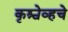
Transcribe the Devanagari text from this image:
कृश्चेव्हचे